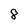
Character: 8